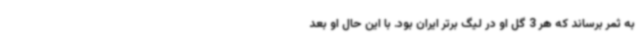
به ثمر برساند که هر 3 گل او در لیگ برتر ایران بود. با این حال او بعد